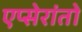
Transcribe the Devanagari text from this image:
एप्सेरांतो